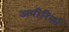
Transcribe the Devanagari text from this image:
अमीरिकी